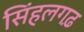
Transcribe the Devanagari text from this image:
सिंहलगढ़